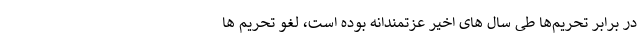
در برابر تحریم‌ها طی سال های اخیر عزتمندانه بوده است، لغو تحریم ها